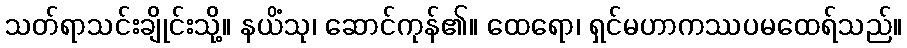
သတ်ရာသင်းချိုင်းသို့။ နယိံသု၊ ဆောင်ကုန်၏။ ထေရော၊ ရှင်မဟာကဿပမထေရ်သည်။